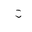
Letter: _ta